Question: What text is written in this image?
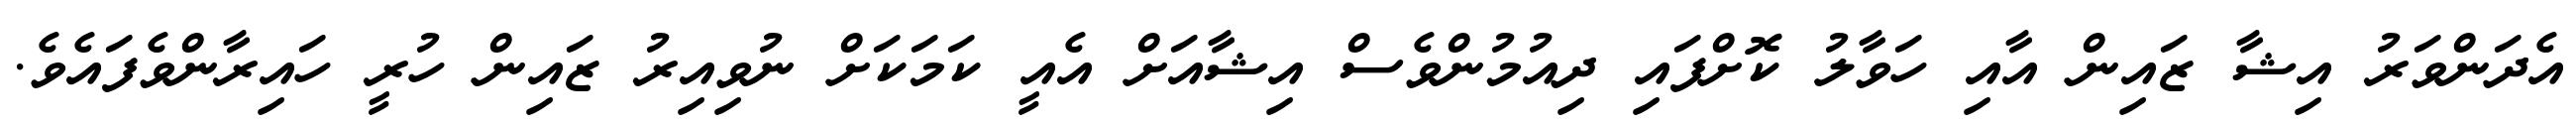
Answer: އެދަންވަރު އިޝާ ޒައިން އާއި ހަވާލު ކޮށްފައި ދިއުމުންވެސް އިޝާއަށް އެއީ ކަމަކަށް ނުވިއިރު ޒައިން ހުރީ ހައިރާންވެފައެވެ.